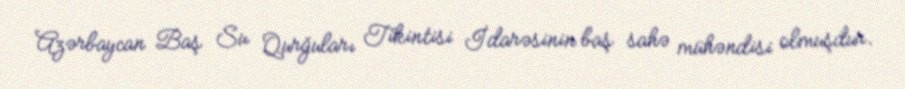
Azərbaycan Baş Su Qurğuları Tikintisi İdarəsinin baş sahə mühəndisi olmuşdur.